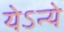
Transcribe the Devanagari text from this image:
येऽन्ये